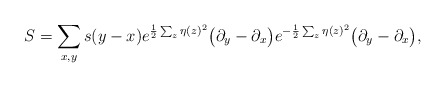
\begin{align*}S = \sum_{x,y } s(y-x) e^{\frac{1}{2} \sum_z \eta(z)^2} \big(\partial_y -\partial_x\big) e^{-\frac{1}{2} \sum_z \eta(z)^2} \big(\partial_y-\partial_x\big),\end{align*}